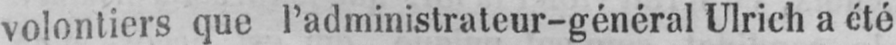
volontiers que l’administrateur-général Ulrich a été